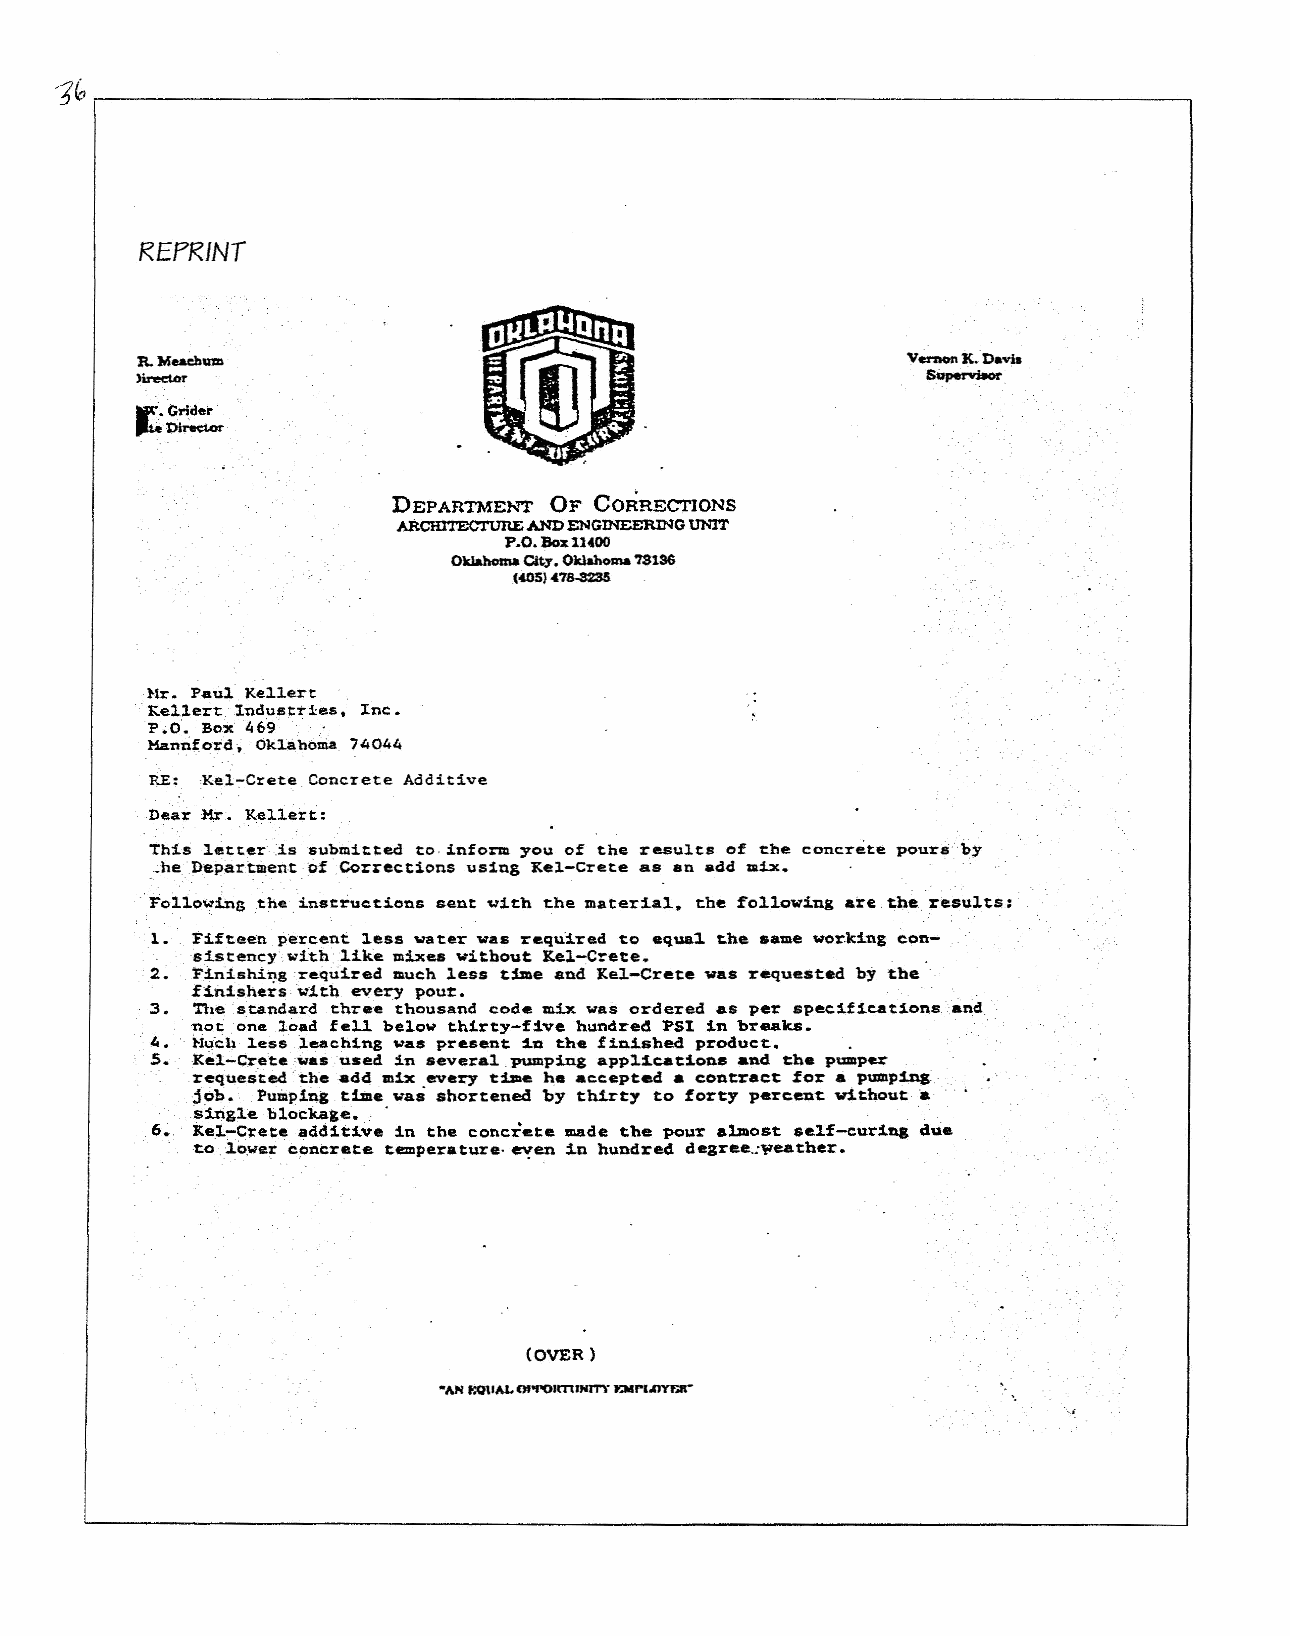
<j~~----------------------------------------------------------~
 REPRINT
 VerDOn it.Davia
 Su~·
 ••.••(;rider .
 ~~
 DEPARTME}o.'T OF CORRECTIONS
 ARCHl'I'ECTURE AND ENGmEERING UNIT
 P.O. Box 11400
 Oklahoma Cit;r.OkIahoma'1S1SG
 (.05) 47$-3235
 :Hr. P.u~·Kel1ert
 Kellert.I:ndustries. Inc.
 P.O. Box 469 ..
 Mannf'otd~ OklahOma.74044
 RE: Kel~Crete Concrete Additive
 Dear Mr .• Kel1ert:
 This letter:.is submitted to· inform you of the results of the concrete pours·by
 .:he.Department of ·.Corrections using Kel-Crete .s an add DIU.
 ·Foilo'Wi.nGth~ i.nstr~et:i.ons sent '\lith the material. the following are the results;
 1. Fift·een percent less water was required to eq'U&1the same wor.k:1.ngcon-
 sistency.with: ·like mixes witbout Kel-C:-ete.
 2.~.in.ishingrequired muchless time and KeJ.-Crete was requested by tbe
 finishers ~itQ every pour.
 3. ntesta.ndardthreethousand code mix was ordered as per specifications·.·.nd
 .no.tone .10adfe11 below thirty-f1ve hundred PSI: in breaks.
 " •. }-luc4 less lea eh:l.ngwas present 1.n the fin.i.shed product.
 5•. Kel.-Cretewas ·used .in several pumping applications and the pumper
 requested· the add mix every tiDe he accepted • contract Zor • pumping.
 .job.·.. Pumpi~&tilDe vas shortened by th1.rty to forty percent without a
 .s:ing1e·blockage.
 6. KeJ.-Creteadd1tive in the concrete made the pour almost self-c:ur:llll clue
 to1o.wer concrete temperature· ~en :in hundred degree.:l1eather.
 (OVER)